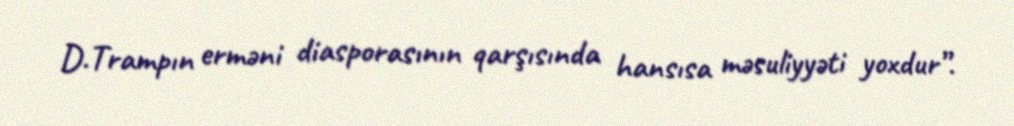
D.Trampın erməni diasporasının qarşısında hansısa məsuliyyəti yoxdur”.